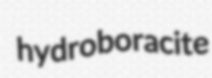
hydroboracite